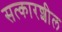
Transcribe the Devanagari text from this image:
सत्कारशील